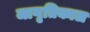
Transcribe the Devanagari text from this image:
जागृतिकाल